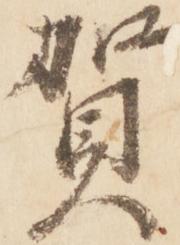
賀